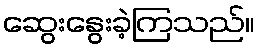
ဆွေးနွေးခဲ့ကြသည်။